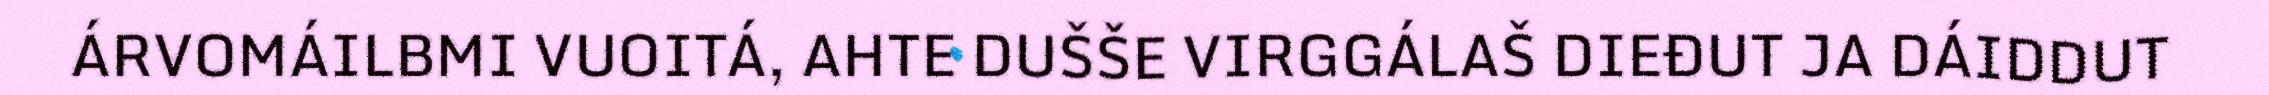
ÁRVOMÁILBMI VUOITÁ, AHTE DUŠŠE VIRGGÁLAŠ DIEĐUT JA DÁIDDUT